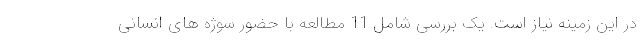
در این زمینه نیاز است. یک بررسی شامل 11 مطالعه با حضور سوژه های انسانی